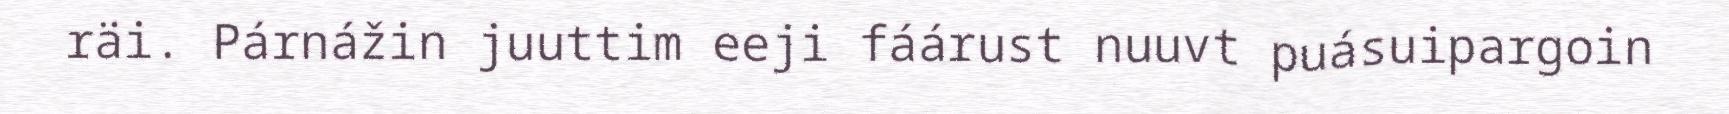
räi. Párnážin juuttim eeji fáárust nuuvt puásuipargoin